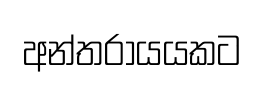
අන්තරායයකට